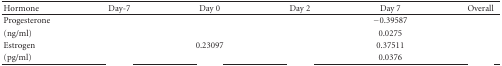
<table><thead><tr><td><b>Hormone</b></td><td><b>Day-7</b></td><td><b>Day 0</b></td><td><b> Day 2</b></td><td><b>Day 7</b></td><td><b> Overall</b></td></tr></thead><tbody><tr><td>Progesterone</td><td>[EMPTY_CELL]</td><td>[EMPTY_CELL]</td><td>[EMPTY_CELL]</td><td>−0.39587</td><td>[EMPTY_CELL]</td></tr><tr><td>(ng/ml)</td><td>[EMPTY_CELL]</td><td>[EMPTY_CELL]</td><td>[EMPTY_CELL]</td><td> 0.0275</td><td>[EMPTY_CELL]</td></tr><tr><td>Estrogen</td><td>[EMPTY_CELL]</td><td>0.23097</td><td>[EMPTY_CELL]</td><td>0.37511</td><td>[EMPTY_CELL]</td></tr><tr><td>(pg/ml)</td><td>[EMPTY_CELL]</td><td>[EMPTY_CELL]</td><td>[EMPTY_CELL]</td><td> 0.0376</td><td>[EMPTY_CELL]</td></tr></tbody></table>